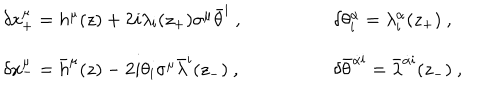
\begin{array} { l l } { { \delta x _ { + } ^ { \mu } = h ^ { \mu } ( z ) + 2 i \lambda _ { \mathbf i } ( z _ { + } ) \sigma ^ { \mu } \bar { \theta } ^ { \mathbf i } \ , \qquad \qquad } } & { { \delta \theta _ { \mathbf i } ^ { \alpha } = \lambda _ { \mathbf i } ^ { \alpha } ( z _ { + } ) \ , } } \\ { { \delta x _ { - } ^ { \mu } = { \bar { h } } ^ { \mu } ( z ) - 2 i \theta _ { \mathbf i } \sigma ^ { \mu } { \bar { \lambda } } ^ { \mathbf i } ( z _ { - } ) \ , \qquad \qquad } } & { { \delta \bar { \theta } ^ { { \dot { \alpha } } { \mathbf i } } = { \bar { \lambda } } ^ { { \dot { \alpha } } { \mathbf i } } ( z _ { - } ) \ , } } \\ \end{array}